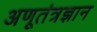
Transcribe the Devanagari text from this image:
अणूतंत्रज्ञान